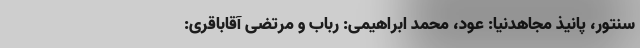
سنتور، پانیذ مجاهدنیا: عود، محمد ابراهیمی: رباب و مرتضی آقاباقری: